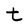
Character: t